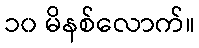
၁၀ မိနစ်လောက်။